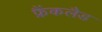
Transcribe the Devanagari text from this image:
फ्रैंकलैड